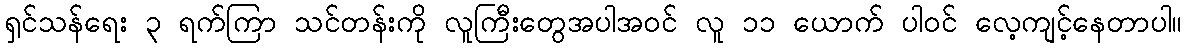
ရှင်သန်ရေး ၃ ရက်ကြာ သင်တန်းကို လူကြီးတွေအပါအဝင် လူ ၁၁ ယောက် ပါဝင် လေ့ကျင့်နေတာပါ။